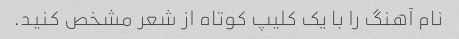
نام آهنگ را با یک کلیپ کوتاه از شعر مشخص کنید.